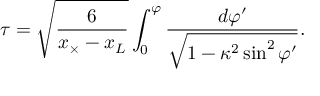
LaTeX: \tau = \sqrt { \frac 6 { x _ { \times } - x _ { L } } } \int _ { 0 } ^ { \varphi } \frac { d \varphi ^ { \prime } } { \sqrt { 1 - \kappa ^ { 2 } \sin ^ { 2 } \varphi ^ { \prime } } } .